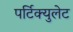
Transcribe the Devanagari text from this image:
पर्टिक्युलेट